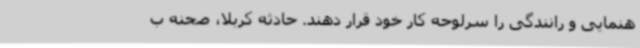
هنمایی و رانندگی را سرلوحه کار خود قرار دهند. حادثه کربلا، صحنه ب